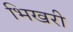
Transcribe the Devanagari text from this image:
भिखरी